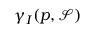
\gamma _ { I } ( p , { \mathcal { S } } )